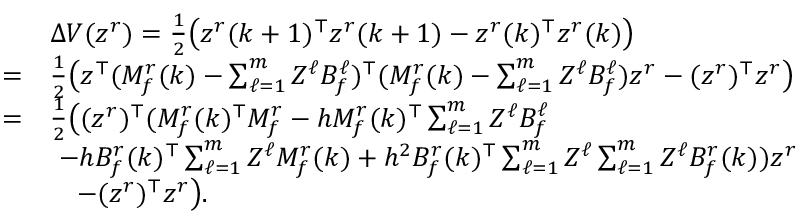
\begin{array} { r l } & { \Delta V ( z ^ { r } ) = \frac { 1 } { 2 } \big ( z ^ { r } ( k + 1 ) ^ { \top } z ^ { r } ( k + 1 ) - z ^ { r } ( k ) ^ { \top } z ^ { r } ( k ) \big ) } \\ { = } & { \frac { 1 } { 2 } \big ( z ^ { \top } ( M _ { f } ^ { r } ( k ) - \textstyle \sum _ { \ell = 1 } ^ { m } Z ^ { \ell } B _ { f } ^ { \ell } ) ^ { \top } ( M _ { f } ^ { r } ( k ) - \textstyle \sum _ { \ell = 1 } ^ { m } Z ^ { \ell } B _ { f } ^ { \ell } ) z ^ { r } - ( z ^ { r } ) ^ { \top } z ^ { r } \big ) } \\ { = } & { \frac { 1 } { 2 } \big ( ( z ^ { r } ) ^ { \top } ( M _ { f } ^ { r } ( k ) ^ { \top } M _ { f } ^ { r } - h M _ { f } ^ { r } ( k ) ^ { \top } \textstyle \sum _ { \ell = 1 } ^ { m } Z ^ { \ell } B _ { f } ^ { \ell } } \\ & { ~ - h B _ { f } ^ { r } ( k ) ^ { \top } \textstyle \sum _ { \ell = 1 } ^ { m } Z ^ { \ell } M _ { f } ^ { r } ( k ) + h ^ { 2 } B _ { f } ^ { r } ( k ) ^ { \top } \textstyle \sum _ { \ell = 1 } ^ { m } Z ^ { \ell } \textstyle \sum _ { \ell = 1 } ^ { m } Z ^ { \ell } B _ { f } ^ { r } ( k ) ) z ^ { r } } \\ & { ~ ~ ~ - ( z ^ { r } ) ^ { \top } z ^ { r } \big ) . } \end{array}